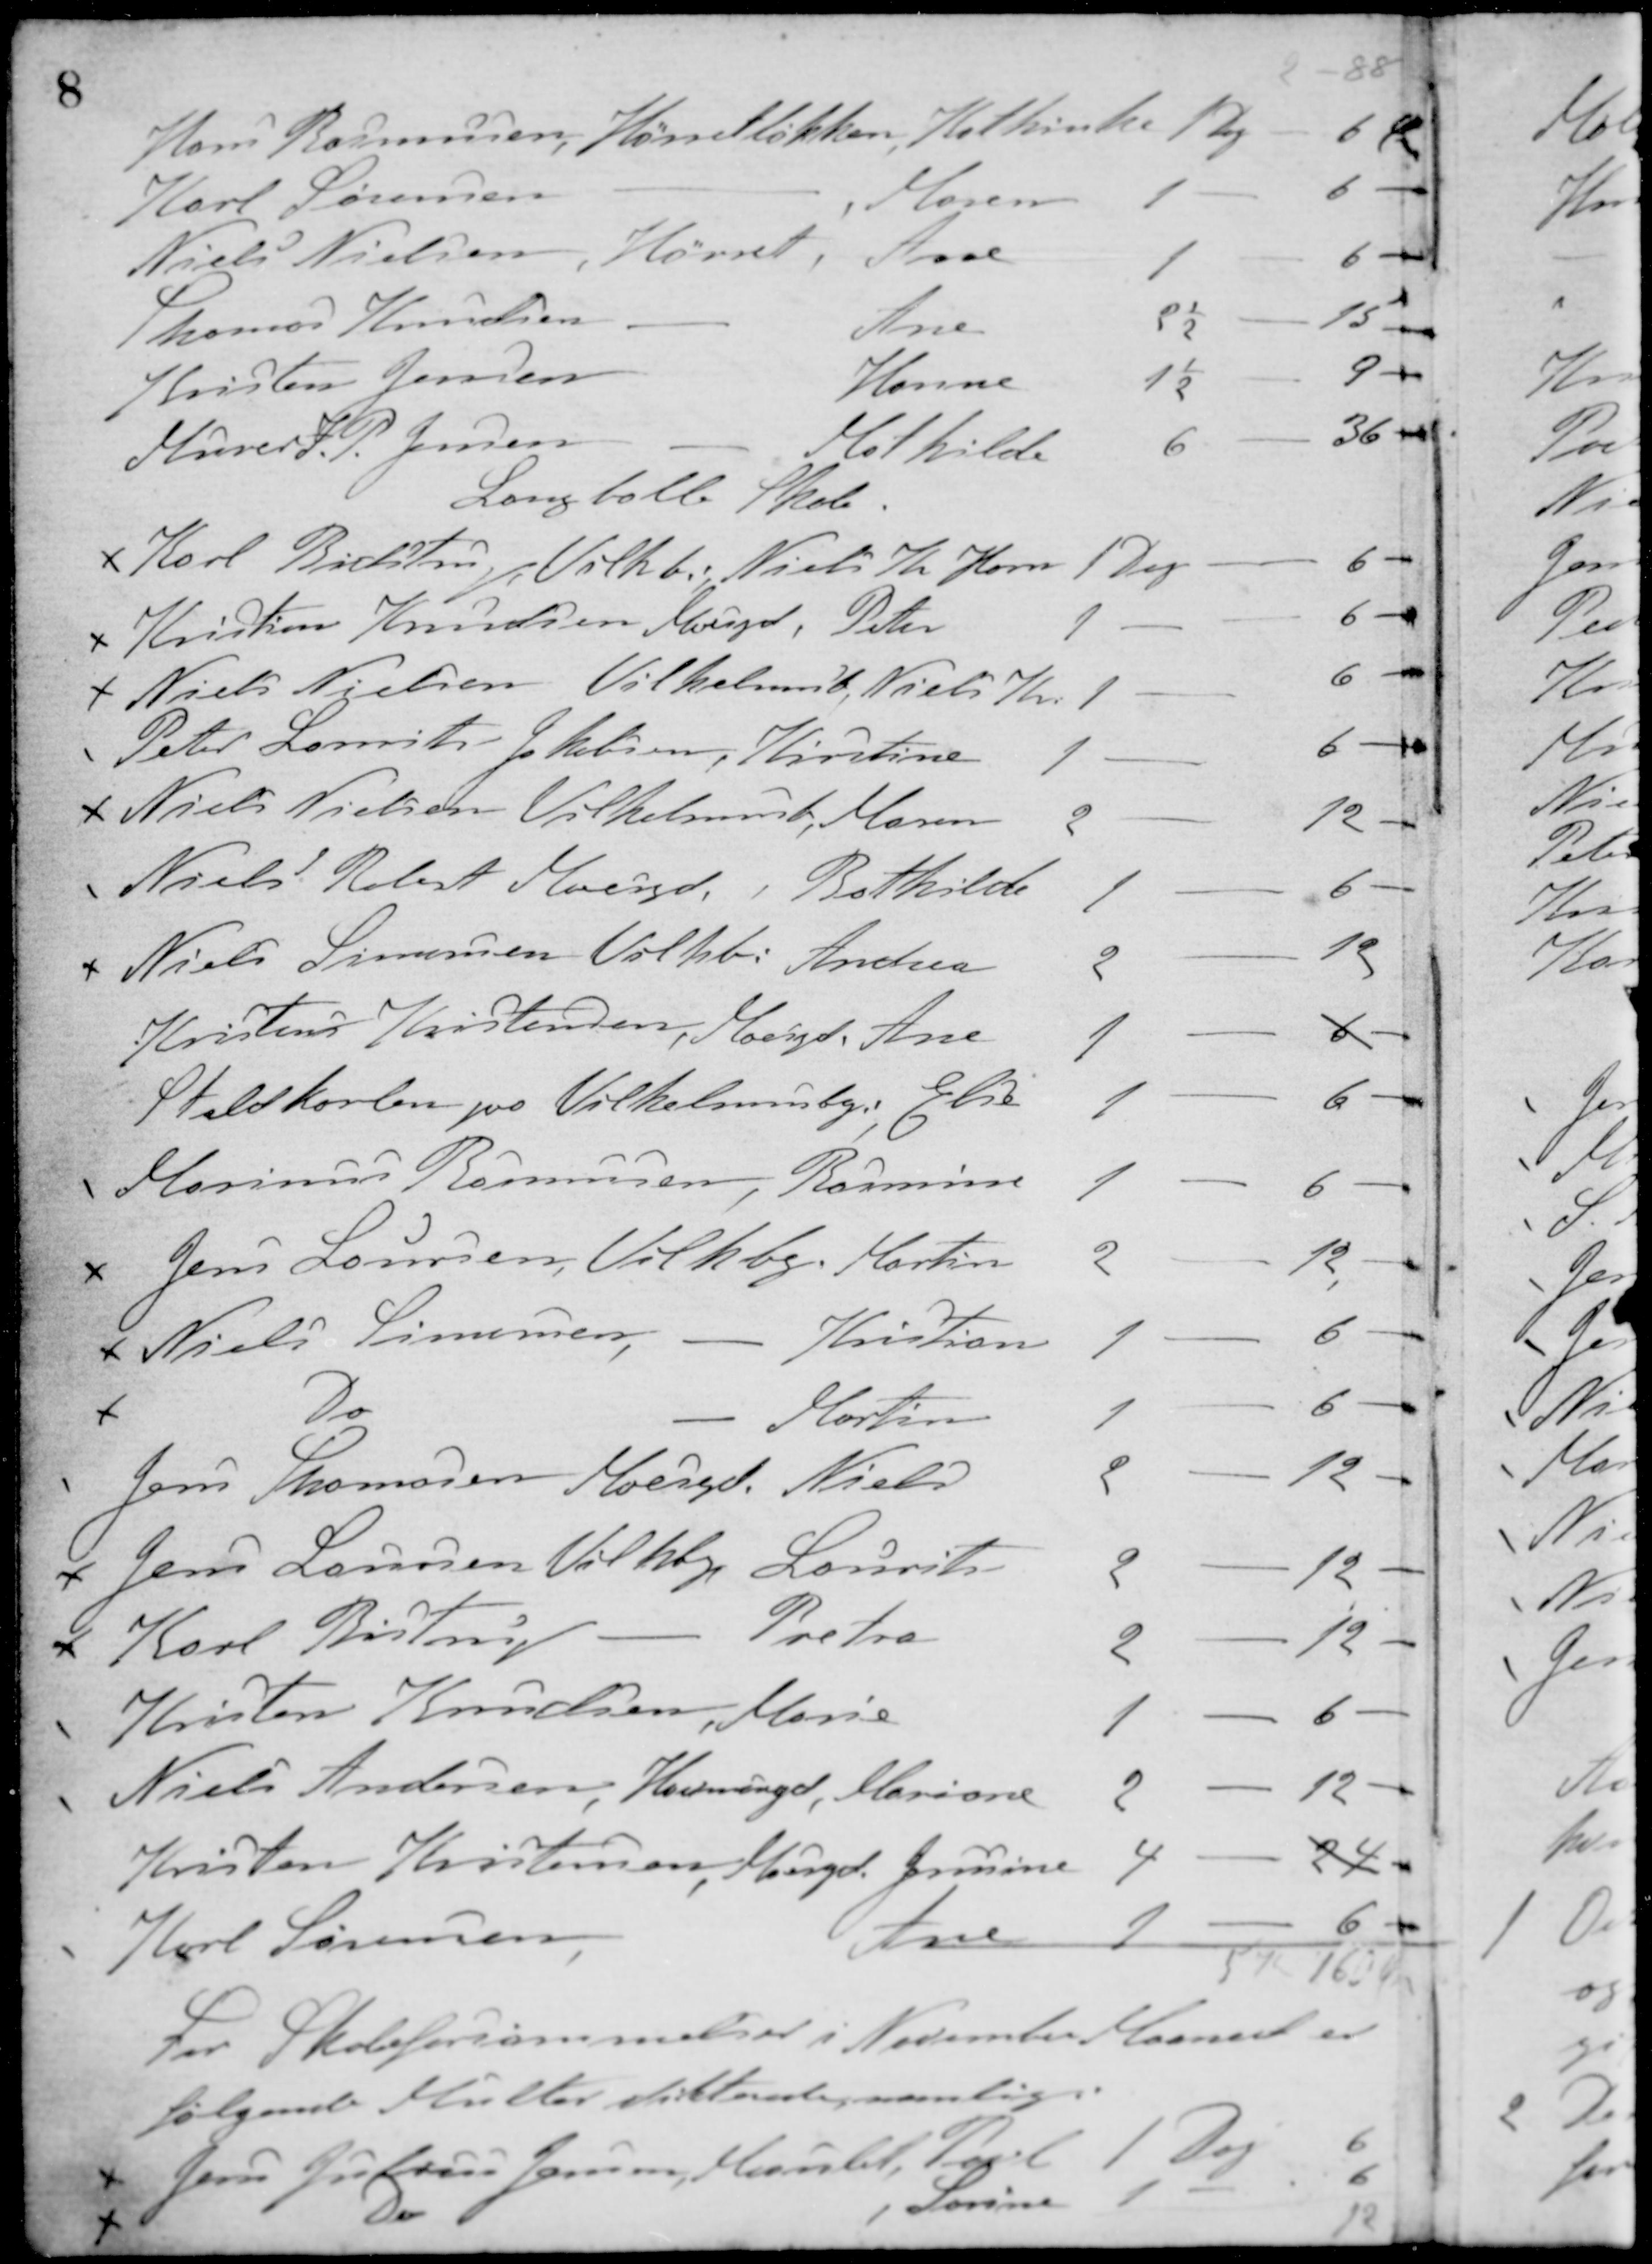
Transskription:
2 - 88

Hans Rasmussen, Hørretløkken, Kathinka 1 Dag - 6 Øre
Karl Sørensen, -, Mogens 1 - - 6 -
Niels Nielsen, Hørret, Arne 1 - - 6 -
Thomas Knudsen - Ane 2½ - - 15 -
Kristen Jensen Hanne 1½ - - 9 -
Murer J. P. Jensen - Mathilde 6 - - 36 -
Langballe Skole
x Karl Bidstrup, Vilh.b., Niels Th. Horn 1 Dag - 6 -
x Kristian Knudsen, Moesgd., Peter 1 - - 6 -
x Niels Nielsen, Vilhelmsb., Niels Th. 1 - - 6 -
Peter Laurits Jakobsen, Kirstine 1 - - 6 -
x Niels Nielsen, Vilhelmsb. Maren 2 - - 12 -
Niels Robert Moesgd., Bothilde 1 - - 6 -
x Niels Sørensen Vilh.b., Andrea 2 - - 12 -
Kristen Kristensen, Moesgd. Ane 1 - - 6 -
Staldkarlen paa Vilhelmsbg. Elise 1 - - 6 -
Marinus Rasmussen, Rasmus 1 - - 6 -
x Jens Laursen, Vilh.bg. Martin 2 - - 12 -
x Niels Simonsen, -, Kristian 1 - - 6 -
x Do Martin 1 - - 6 -
Jens Thomasen, Moesgd. Niels 2 - - 12 -
x Jens Laursen, Vilh.bg. Laurits 2 - - 12 -
x Karl Bistrup -, Petra 2 - - 12 -
Kristen Knudsen, Marie 1 - - 6 -
Niels Andersen, Havmøngd., Mariane 2 - - 12 -
Kristen Kristensen, Moesgd. Jasmine 4 - - 24 -
Karl Sørensen, Ane 1 - - 6 -
5 Kr. 16 Øre
For Skoleforsømmelser i November Maaned er
følgende Multer dikterede nemlig:
x Jens Julius Jensen, Maarslet, Povl 1 Dag - 6 -
x Do, Sørine 1 - - 6 -
12